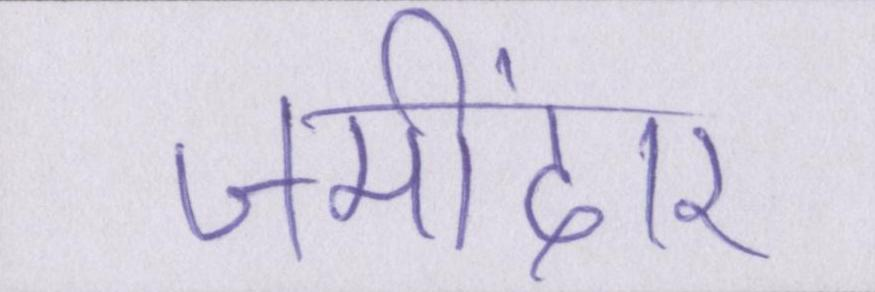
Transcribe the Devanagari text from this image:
जमींदार